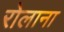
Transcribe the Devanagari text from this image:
रोलाना